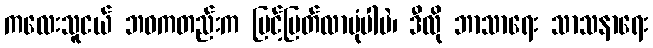
ကလေးသူငယ် ဘဝကတည်းက မြင့်မြတ်လာပုံပါပဲ၊ ဒီလို ဘာသာရေး သာသနာရေး